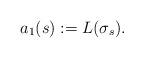
LaTeX: \begin{align*} a_1(s) := L(\sigma_s).\end{align*}